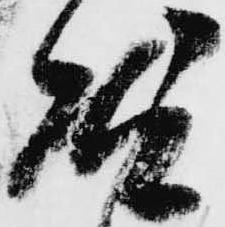
然